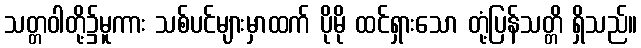
သတ္တဝါတို့၌မူကား သစ်ပင်များမှာထက် ပိုမို ထင်ရှားသော တုံ့ပြန်သတ္တိ ရှိသည်။